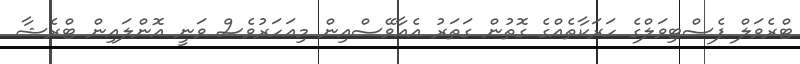
ޓްރެވަލް ފެސްޓިވަލްގެ ހަރަކާތެއްގެ ގޮތުން ގަތަރު އެއާވޭސްއިން މިއަހަރުވެސް ވަނީ އޮންލައިން ޓްރެޝާ